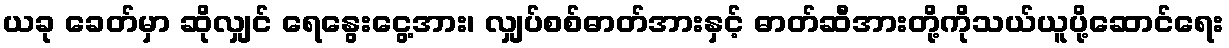
ယခု ခေတ်မှာ ဆိုလျှင် ရေနွေးငွေ့အား၊ လျှပ်စစ်ဓာတ်အားနှင့် ဓာတ်ဆီအားတို့ကိုသယ်ယူပို့ဆောင်ရေး